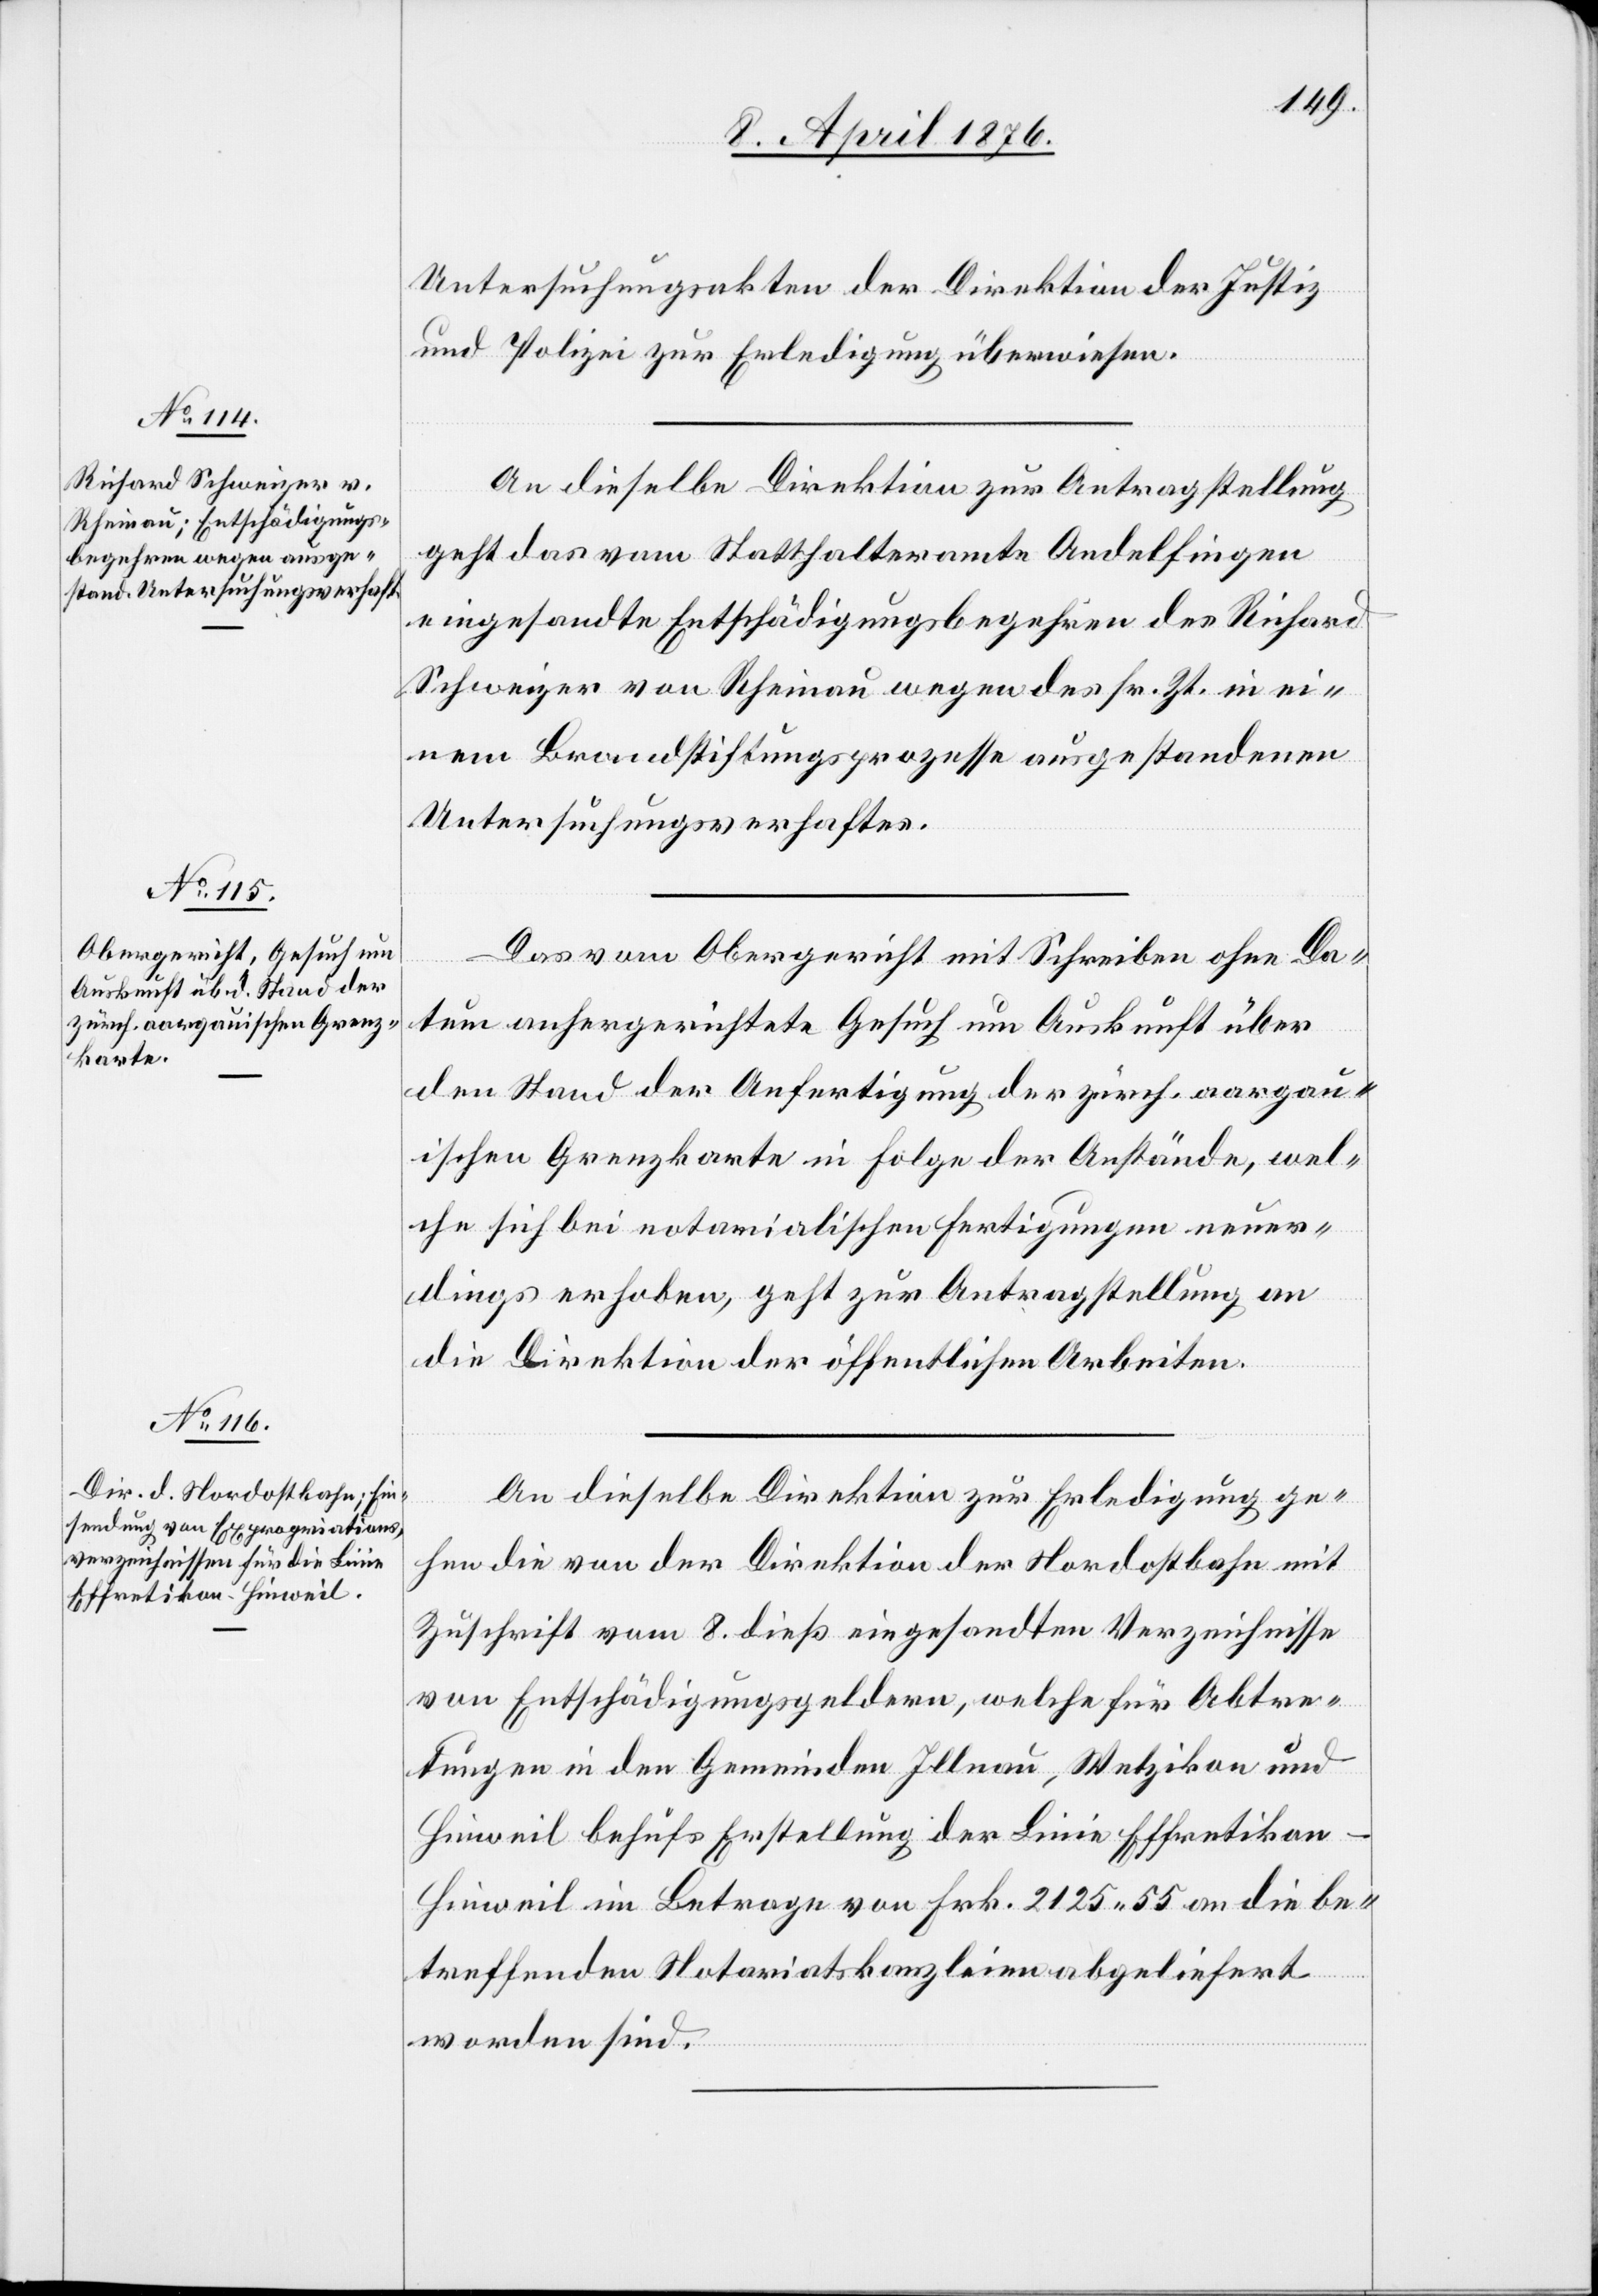
11. April 1876.]
Untersuchungsakten der Direktion der Justiz
und Polizei zur Erledigung überwiesen.
An dieselbe Direktion zur Antragstellung
geht das vom Statthalteramte Andelfingen
eingesandte Entschädigungsbegehren des Richard
Schweizer von Rheinau wegen des sr. Zt. in ei¬
nem Brandstiftungsprozesse ausgestandenen
Untersuchungsverhaftes.
Das vom Obergericht mit Schreiben ohne Da¬
tum anhergerichtete Gesuch um Auskunft über
den Stand der Anfertigung der zürch. aargau¬
ischen Grenzkarte in Folge der Anstände, wel¬
che sich bei notarialischen Fertigungen neuer¬
dings erhoben, geht zur Antragstellung an
die Direktion der öffentlichen Arbeiten.
An dieselbe Direktion zur Erledigung ge¬
hen die von der Direktion der Nordostbahn mit
Zuschrift vom 8. dieß eingesandten Verzeichnisse
von Entschädigungsgeldern, welche für Abtre¬
tungen in den Gemeinden Illnau, Wetzikon und
Hinweil behufs Erstellung der Linie Effretikon–H¬
inweil im Betrage von Frk. 2125 55 an die be¬
treffenden Notariatskanzleien abgeliefert
worden sind.